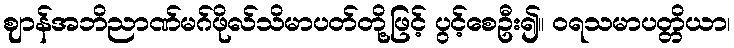
ဈာန်အဘိညာဏ်မဂ်ဖိုလ်သိမာပတ်တို့ဖြင့် ပွင့်စေဦး၍။ ဝရသမာပတ္တိယာ၊